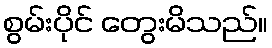
စွမ်းပိုင် တွေးမိသည်။